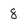
Character: 8